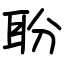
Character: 聁